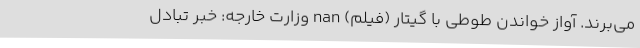
می‌برند. آواز خواندن طوطی با گیتار (فیلم) nan وزارت خارجه: خبر تبادل